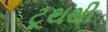
ટૂથથી